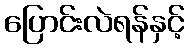
ပြောင်းလဲရန်နှင့်